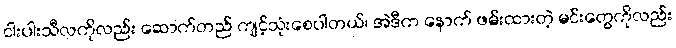
ငါးပါးသီလကိုလည်း ဆောက်တည် ကျင့်သုံးစေပါတယ်၊ အဲဒီက နောက် ဖမ်းထားတဲ့ မင်းတွေကိုလည်း